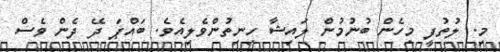
މި. ލުތުފީ މިހެން ބުނުމުން ލައިޝާ ހިނިތުންވެލިއެވެ. ބައްޕަ ދޭ ދެން ވެސް